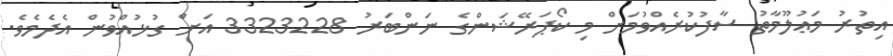
އިތުރު މަޢުލޫމާތު ސާފުކުރެއްވުމަށް މި ކޯޕަރޭޝަންގެ ނަންބަރު 3323228 އަށް ގުޅުއްވުން އެދެމެވެ.